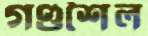
গণ্ডশৈল